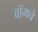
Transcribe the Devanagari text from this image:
बॉमबे